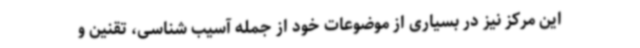
این مرکز نیز در بسیاری از موضوعات خود از جمله آسیب شناسی، تقنین و